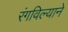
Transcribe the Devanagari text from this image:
रंगविल्याने